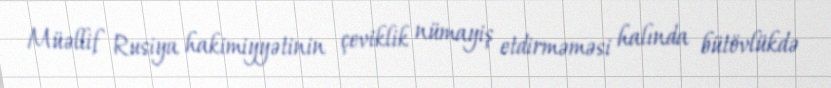
Müəllif Rusiya hakimiyyətinin çeviklik nümayiş etdirməməsi halında bütövlükdə